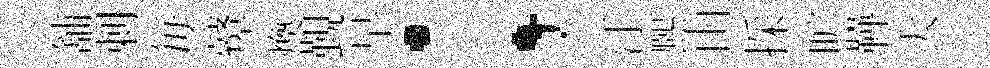
舖剌毎鼙煥覲早；汙熈由採旷鞾大